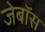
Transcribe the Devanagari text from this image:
जेबॉस